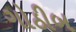
ગોઠીબ